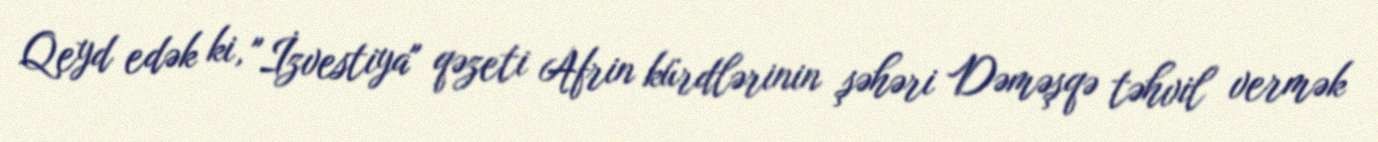
Qeyd edək ki, "İzvestiya" qəzeti Afrin kürdlərinin şəhəri Dəməşqə təhvil vermək